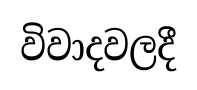
විවාදවලදී